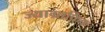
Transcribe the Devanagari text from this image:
ज्याग्राफ़िक